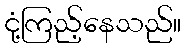
ငုံ့ကြည့်နေသည်။